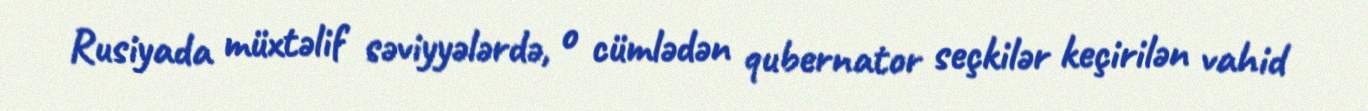
Rusiyada müxtəlif səviyyələrdə, o cümlədən qubernator seçkilər keçirilən vahid